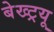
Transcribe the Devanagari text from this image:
बेख्ट्रयू